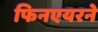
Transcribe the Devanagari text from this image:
फिनएयरने